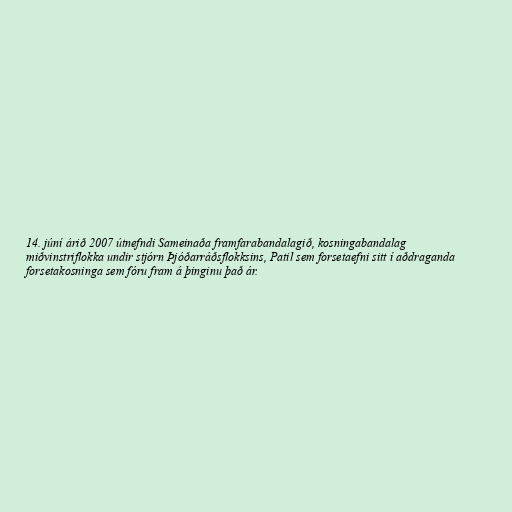
14. júní árið 2007 útnefndi Sameinaða framfarabandalagið, kosningabandalag
miðvinstriflokka undir stjórn Þjóðarráðsflokksins, Patil sem forsetaefni sitt í aðdraganda
forsetakosninga sem fóru fram á þinginu það ár.